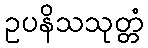
ဥပနိသသုတ္တံ